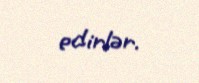
edirlər.